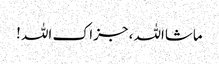
ماشااللہ ، جزاک اللہ !